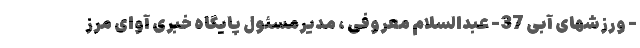
- ورزشهای آبی 37- عبدالسلام معروفی ، مدیرمسئول پایگاه خبری آوای مرز